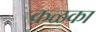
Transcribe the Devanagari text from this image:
कळका